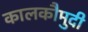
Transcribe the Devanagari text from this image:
कालकौमुदी